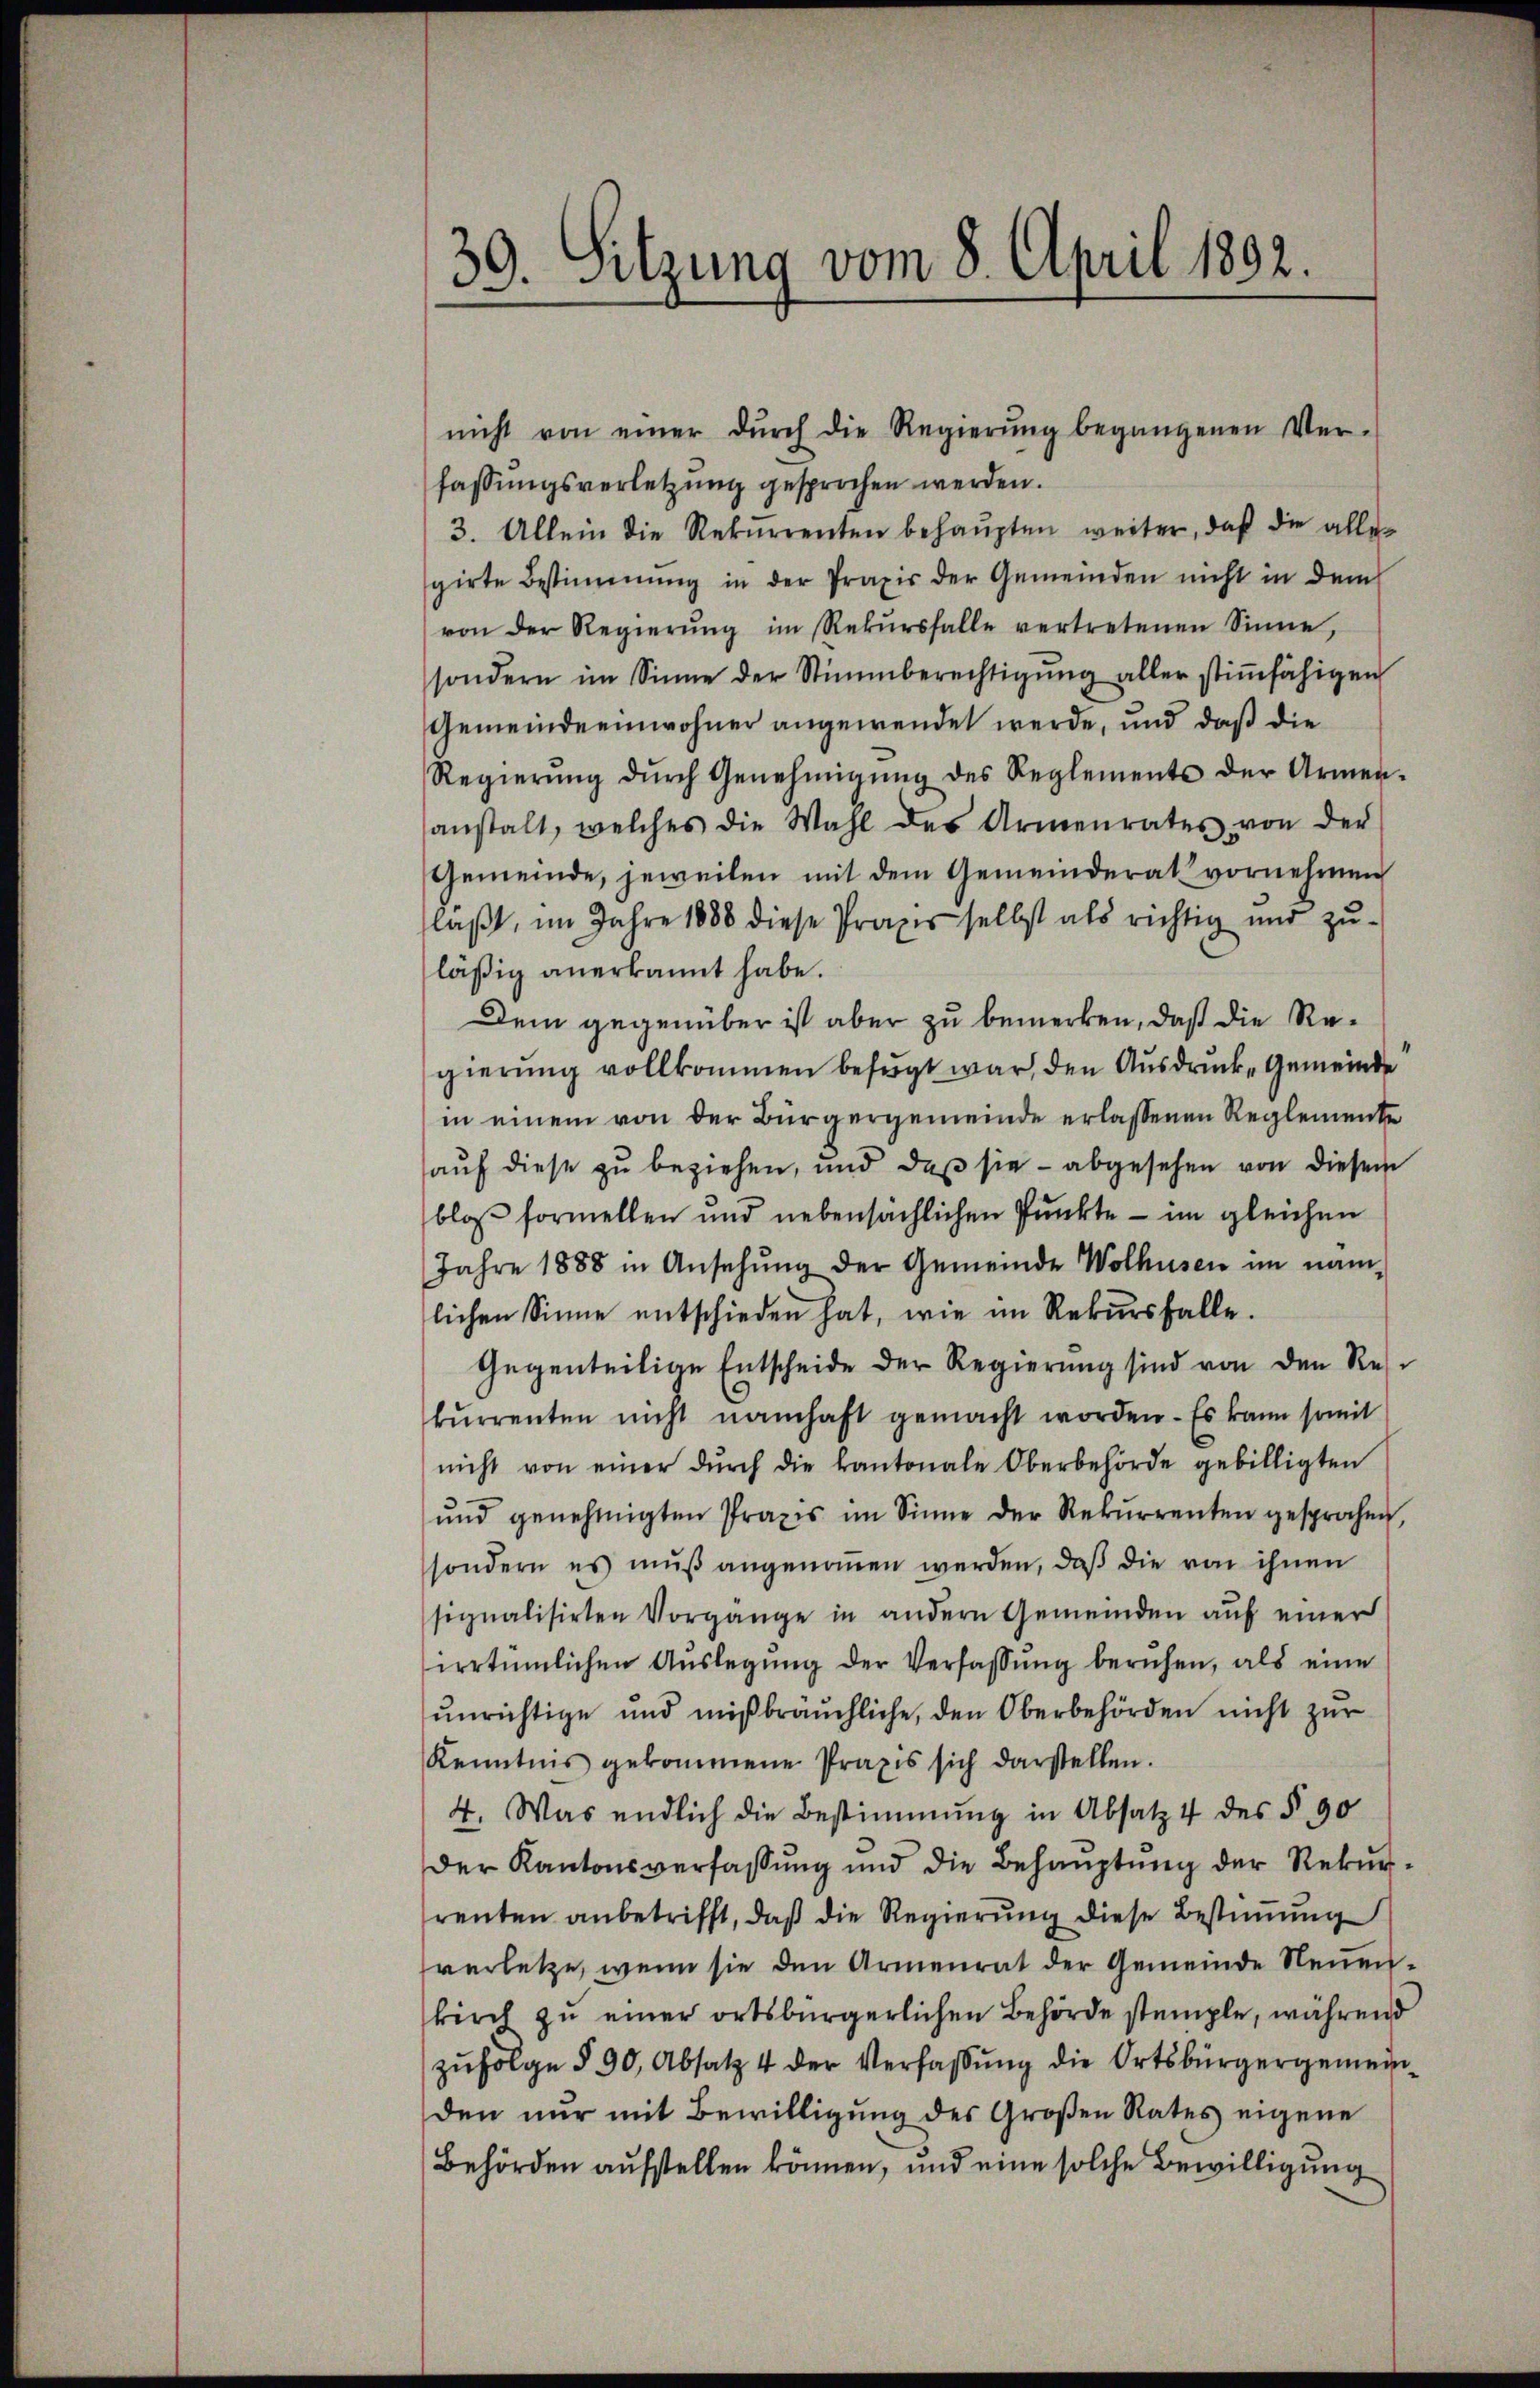
39. Sitzung vom 8. April 1892.

nicht von einer dŭrch die Regierŭng begangenen Ver-
fassungsverletzung gesprochen werden.
3. Allein die Rekurrenten behaupten weiter, daß die alle
girte Bestimmung in der Praxis der Gemeinden nicht in dem
von der Regierŭng im Rekŭrsfalle vertretenen Sinne,
sondern im Sinne der Stimmberechtigŭng aller stiṁfähigen
Gemeindeeinwohner angewendet werde, und daß die
Regierŭng dŭrch Genehmigŭng des Reglements der Armen-
anstalt, welches die Wahl des Armenrates von der
Gemeinde, jeweilen mit dem Gemeinderat vornehmen
laßt, im Jahre 1888 diese Praxis selbst als richtig und zu-
läßig anerkannt habe.
Dem gegenüber ist aber zu bemerken, daß die Regierung vollkommen befugt war, den Ausdruck Gemeinde
in einem von der Bürgergemeinde erlassenen Reglemente
auf diese zu beziehen, und daß sie - abgesehen von diesem
bloß formellen und nebensächlichen Punkte - im gleichen
Jahre 1888 in Ansehung der Gemeinde Wolhusen im näm-
lichen Sinne entschieden hat, wie im Rekŭrsfalle.
Gegenteilige Entscheide der Regierŭng sind von den Res
kŭrrenten nicht namhaft gemacht worden. Es kann somit
nicht von einer dŭrch die kantonale Oberbehörde gebilligten
ŭnd genehmigten Praxis im Sinne der Rekŭrrenten gesprochen
sondern es mŭβ angenoṁen werden, daβ die von ihnen
signalisirten Vorgange in andern Gemeinden auf einer
irrtümlichen Aŭslegŭng der Verfassŭng beruhen, als eine
unrichtige und mißbräuchliche, den Oberbehörden nicht zur
Kenntnis gekommene Praxis sich darstellen.
4. Was endlich die Bestimmung in Absatz 4 des § 90
Der Kantonsverfassung und die Behauptung der Rekurrenten anbetrifft, daß die Regierung diese Bestimmung
verletze, wenn sie den Armenrat der Gemeinde Neuen-
kirch zŭ einer ortsbürgerlichen Behörde stemple, während
zŭfolge § 90, Absatz 4 der Verfassung die Ortsbürgergemeinden nur mit Bewilligung des Großen Rates eigene
Behörden aufstellen können, und eine solche Bewilligung